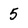
Character: 5